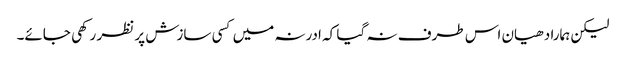
لیکن ہمارا دھیان اس طرف نہ گیا کہ ادرنہ میں کسی سازش پر نظر رکھی جائے۔